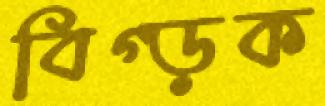
বিগ্‌ড়ক